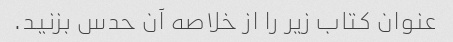
عنوان کتاب زیر را از خلاصه آن حدس بزنید.